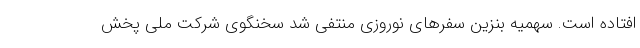
افتاده است. سهمیه بنزین سفرهای نوروزی منتفی شد سخنگوی شرکت ملی پخش